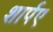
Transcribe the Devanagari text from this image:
शार्पए